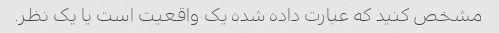
مشخص کنید که عبارت داده شده یک واقعیت است یا یک نظر.